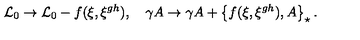
{ \mathcal { L } _ { 0 } } \rightarrow { \mathcal { L } _ { 0 } } - f ( \xi , \xi ^ { g h } ) , \quad \gamma A \rightarrow \gamma A + \left\{ f ( \xi , \xi ^ { g h } ) , A \right\} _ { \star } .